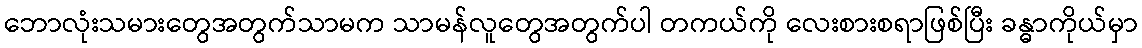
ဘောလုံးသမားတွေအတွက်သာမက သာမန်လူတွေအတွက်ပါ တကယ်ကို လေးစားစရာဖြစ်ပြီး ခန္ဓာကိုယ်မှာ